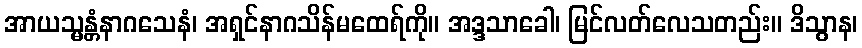
အာယသ္မန္တံနာဂသေနံ၊ အရှင်နာဂသိန်မထေရ်ကို။ အဒ္ဒသာခေါ၊ မြင်လတ်လေသတည်း။ ဒိသွာန၊